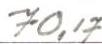
70,17